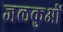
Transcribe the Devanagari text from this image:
जलकुओं